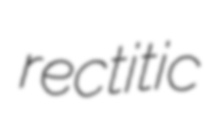
rectitic